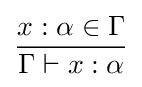
{\frac {x:\alpha \in \Gamma }{\Gamma \vdash x:\alpha }}